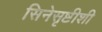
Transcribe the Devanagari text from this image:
सिनेसृष्टीशी